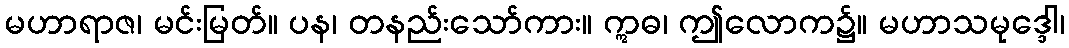
မဟာရာဇ၊ မင်းမြတ်။ ပန၊ တနည်းသော်ကား။ ဣဓ၊ ဤလောက၌။ မဟာသမုဒ္ဒေါ၊